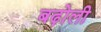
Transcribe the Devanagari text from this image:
बढ़ोली